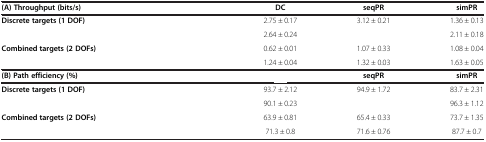
<table><thead><tr><td colspan="2"><b>(A) Throughput (bits/s)</b></td><td><b>DC</b></td><td><b>seqPR</b></td><td><b>simPR</b></td></tr></thead><tbody><tr><td><b>Discrete targets (1 DOF)</b></td><td>[EMPTY_CELL]</td><td>2.75 ± 0.17</td><td>3.12 ± 0.21</td><td>1.36 ± 0.13</td></tr><tr><td>[EMPTY_CELL]</td><td>[EMPTY_CELL]</td><td>2.64 ± 0.24</td><td>[EMPTY_CELL]</td><td>2.11 ± 0.18</td></tr><tr><td><b>Combined targets (2 DOFs)</b></td><td>[EMPTY_CELL]</td><td>0.62 ± 0.01</td><td>1.07 ± 0.33</td><td>1.08 ± 0.04</td></tr><tr><td>[EMPTY_CELL]</td><td>[EMPTY_CELL]</td><td>1.24 ± 0.04</td><td>1.32 ± 0.03</td><td>1.63 ± 0.05</td></tr><tr><td colspan="2"><b>(B) Path efficiency (%)</b></td><td>[EMPTY_CELL]</td><td><b>seqPR</b></td><td><b>simPR</b></td></tr><tr><td><b>Discrete targets (1 DOF)</b></td><td>[EMPTY_CELL]</td><td>93.7 ± 2.12</td><td>94.9 ± 1.72</td><td>83.7 ± 2.31</td></tr><tr><td>[EMPTY_CELL]</td><td>[EMPTY_CELL]</td><td>90.1 ± 0.23</td><td>[EMPTY_CELL]</td><td>96.3 ± 1.12</td></tr><tr><td><b>Combined targets (2 DOFs)</b></td><td>[EMPTY_CELL]</td><td>63.9 ± 0.81</td><td>65.4 ± 0.33</td><td>73.7 ± 1.35</td></tr><tr><td>[EMPTY_CELL]</td><td>[EMPTY_CELL]</td><td>71.3 ± 0.8</td><td>71.6 ± 0.76</td><td>87.7 ± 0.7</td></tr></tbody></table>